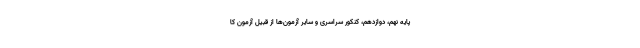
پایه نهم، دوازدهم، کنکور سراسری و سایر آزمون‌ها از قبیل آزمون‌ کا